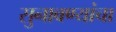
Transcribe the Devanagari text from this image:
सुनावण्यांचा